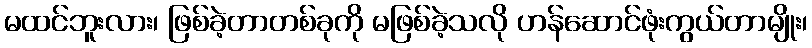
မထင်ဘူးလား၊ ဖြစ်ခဲ့တာတစ်ခုကို မဖြစ်ခဲ့သလို ဟန်ဆောင်ဖုံးကွယ်တာမျိုး၊